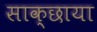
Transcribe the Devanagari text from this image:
साक्छाया